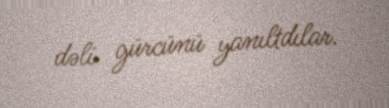
dəli gürcünü yanıltdılar.